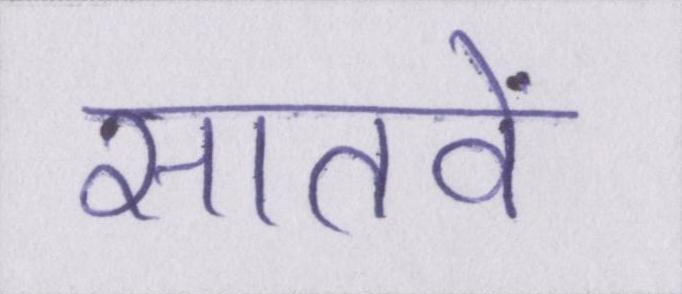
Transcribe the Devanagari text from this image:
सातवें